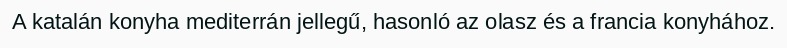
A katalán konyha mediterrán jellegű, hasonló az olasz és a francia konyhához.